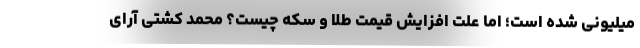
میلیونی شده است؛ اما علت افزایش قیمت طلا و سکه چیست؟ محمد کشتی آرای